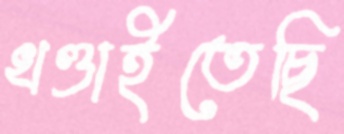
খণ্ডাইতেছি